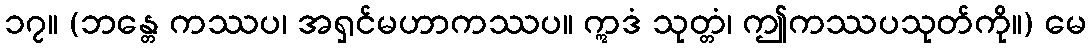
၁၇။ (ဘန္တေ ကဿပ၊ အရှင်မဟာကဿပ။ ဣဒံ သုတ္တံ၊ ဤကဿပသုတ်ကို။) မေ